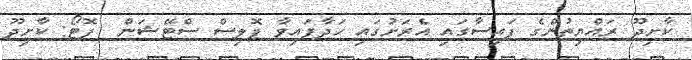
ކާށިދޫ ރައްޔިތުންގެ ފައިސާގައި އެރަށުގައި ހަދާފައިވާ ޕޮލިސް ސްޓޭޝަން  ފޮޓޯ: ކާށިދޫ